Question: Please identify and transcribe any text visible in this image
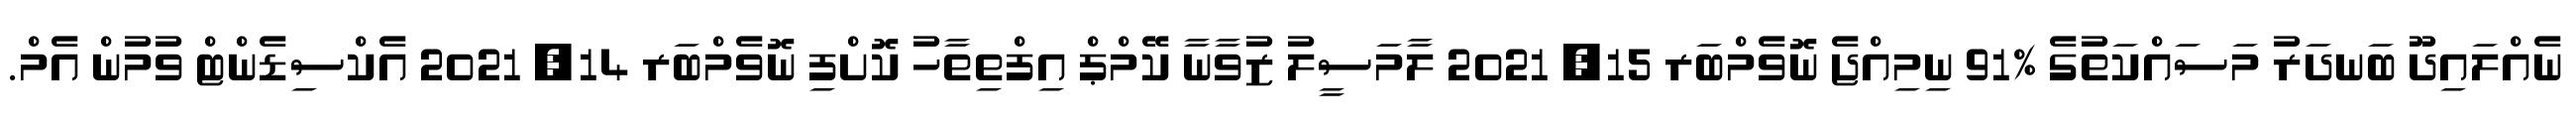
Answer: ނެއްލައިދޫ ބަނދަރު މަސައްކަތުގެ %91 ނިމިއްޖެ ނޮވެމްބަރ 15, 2021 ލާމަސީލު ޒުވާނާ ކޭމްޕް އިފްތިތާހު ކޮށްފި ނޮވެމްބަރ 14, 2021 އެކްސިޑެންޓް ވުމުން އެމް.